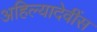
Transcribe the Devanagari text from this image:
अहिल्यादेवींस